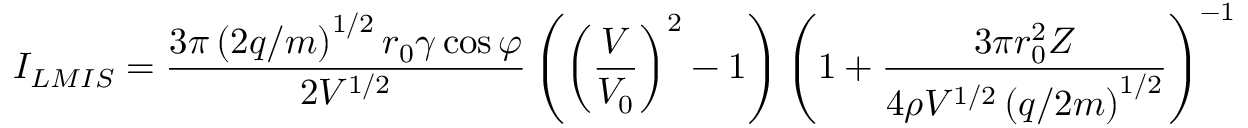
I _ { L M I S } = \frac { 3 \pi \left( 2 q / m \right) ^ { 1 / 2 } r _ { 0 } \gamma \cos { \varphi } } { 2 V ^ { 1 / 2 } } \left( \left( \frac { V } { V _ { 0 } } \right) ^ { 2 } - 1 \right) \left( 1 + \frac { 3 \pi r _ { 0 } ^ { 2 } Z } { 4 \rho V ^ { 1 / 2 } \left( q / 2 m \right) ^ { 1 / 2 } } \right) ^ { - 1 }